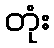
တုံး